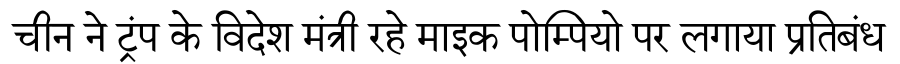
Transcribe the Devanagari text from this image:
चीन ने ट्रंप के विदेश मंत्री रहे माइक पोम्पियो पर लगाया प्रतिबंध